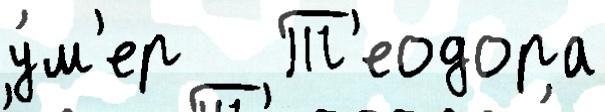
у́м'ер   Т'еодора